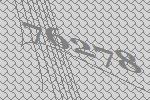
76278